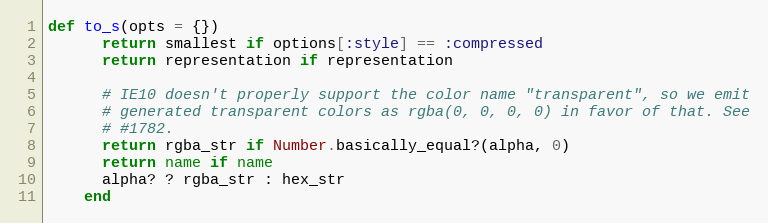
Language: Ruby
def to_s(opts = {})
      return smallest if options[:style] == :compressed
      return representation if representation

      # IE10 doesn't properly support the color name "transparent", so we emit
      # generated transparent colors as rgba(0, 0, 0, 0) in favor of that. See
      # #1782.
      return rgba_str if Number.basically_equal?(alpha, 0)
      return name if name
      alpha? ? rgba_str : hex_str
    end